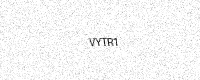
Text: VYTR1